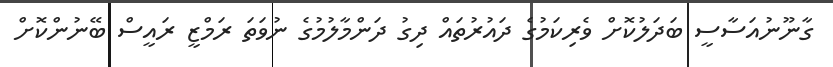
ގާނޫނުއަސާސީ ބަދަލުކޮށް ވެރިކަމުގެ ދައުރުތައް ދިގު ދަންމާލުމުގެ ނުވަތަ ރަމްޒީ ރައީސް ބޭނުންކޮށް